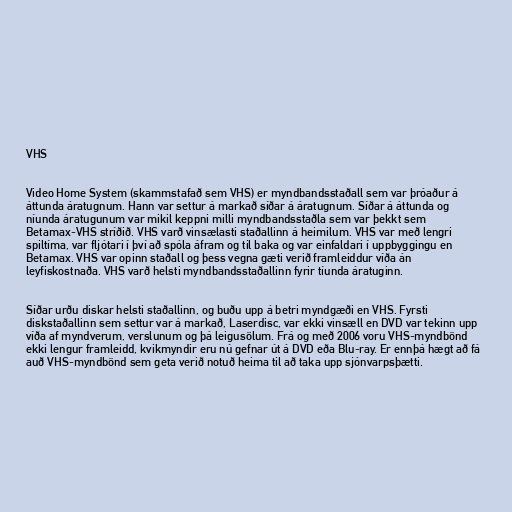
VHS

Video Home System (skammstafað sem VHS) er myndbandsstaðall sem var þróaður á
áttunda áratugnum. Hann var settur á markað síðar á áratugnum. Síðar á áttunda og
níunda áratugunum var mikil keppni milli myndbandsstaðla sem var þekkt sem
Betamax-VHS stríðið. VHS varð vinsælasti staðallinn á heimilum. VHS var með lengri
spiltíma, var fljótari í því að spóla áfram og til baka og var einfaldari í uppbyggingu en
Betamax. VHS var opinn staðall og þess vegna gæti verið framleiddur víða án
leyfiskostnaða. VHS varð helsti myndbandsstaðallinn fyrir tíunda áratuginn.

Síðar urðu diskar helsti staðallinn, og buðu upp á betri myndgæði en VHS. Fyrsti
diskstaðallinn sem settur var á markað, Laserdisc, var ekki vinsæll en DVD var tekinn upp
víða af myndverum, verslunum og þá leigusölum. Frá og með 2006 voru VHS-myndbönd
ekki lengur framleidd, kvikmyndir eru nú gefnar út á DVD eða Blu-ray. Er ennþá hægt að fá
auð VHS-myndbönd sem geta verið notuð heima til að taka upp sjónvarpsþætti.